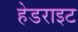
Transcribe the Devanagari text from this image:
हेडराइट